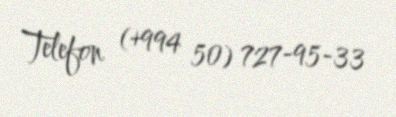
Telefon (+994 50) 727-95-33